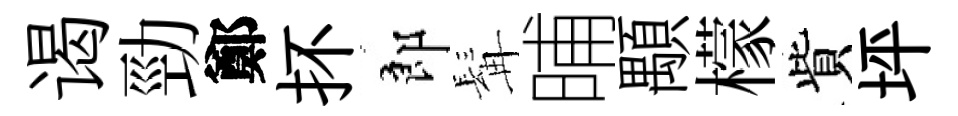
谒勁鄭抔郎髯晡顒檬貲坪